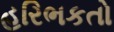
હરિભકતો